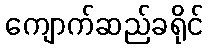
ကျောက်ဆည်ခရိုင်